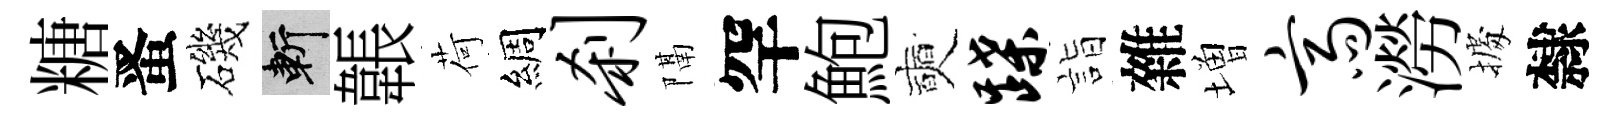
糖󱉠磯斬韔荷綢刹隔罕鮑奭蹀詣雜増斋澇𢴃隸